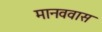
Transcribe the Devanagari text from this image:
मानववास